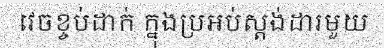
វេចខ្ចប់ដាក់ ក្នុងប្រអប់ស្តង់ដារមួយ